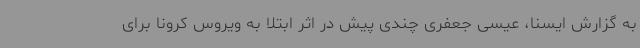
به گزارش ایسنا، عیسی جعفری چندی پیش در اثر ابتلا به ویروس کرونا برای